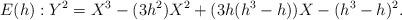
LaTeX: \begin{align*}E(h): Y^2=X^3-(3h^2)X^2+(3h(h^3-h))X-(h^3-h)^2. \end{align*}